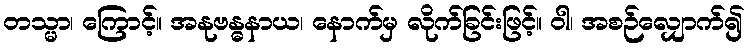
တသ္မာ၊ ကြောင့်။ အနုဗန္ဓနာယ၊ နောက်မှ လိုက်ခြင်းဖြင့်။ ဝါ၊ အစဉ်လျှောက်၍